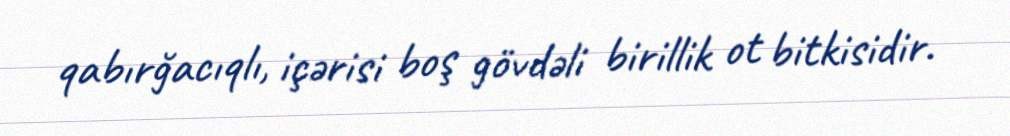
qabırğacıqlı, içərisi boş gövdəli birillik ot bitkisidir.